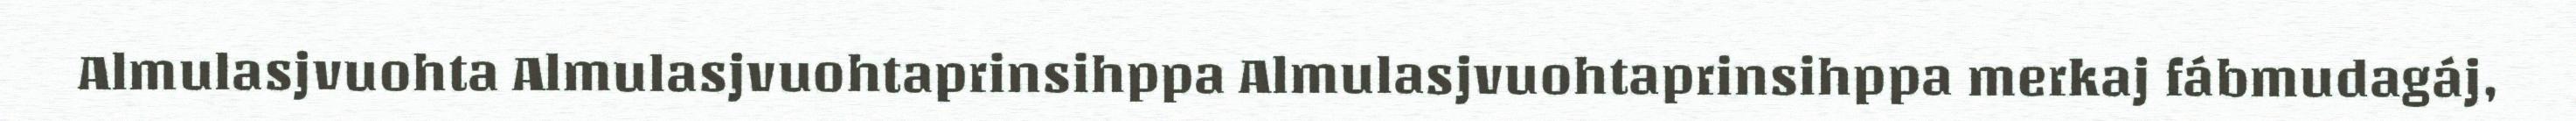
Almulasjvuohta Almulasjvuohtaprinsihppa Almulasjvuohtaprinsihppa merkaj fábmudagáj,